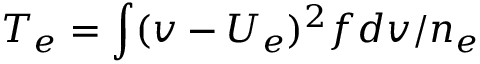
T _ { e } = \int ( v - U _ { e } ) ^ { 2 } f d v / n _ { e }